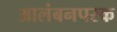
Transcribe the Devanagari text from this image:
आलंबनपरक